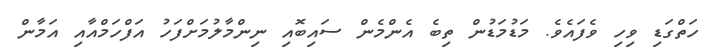
ހަތްގަޑި ވިހި ވެފައެވެ. މަޑުމަޑުން ތިބެ އެންމެން ސައިބޮއި ނިންމާލުމަށްފަހު އަފްހަމްއާއި އަމާން